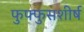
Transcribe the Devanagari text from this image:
फुफ्फुसशीर्ष